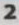
2